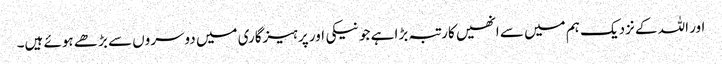
اور اللہ کے نزدیک ہم میں سے انھیں کارتبہ بڑا ہے جو نیکی اور پرہیزگاری میں دوسروں سے بڑھے ہوئے ہیں۔